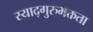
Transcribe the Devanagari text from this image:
स्याद्गुरुभक्तता